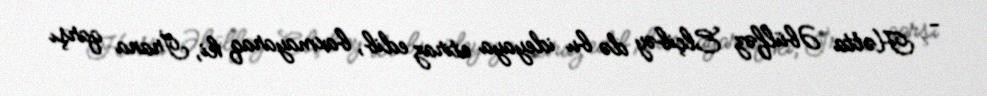
- Hətta Əbülfəz Elçibəy də bu ideyaya etiraz edib, baxmayaraq ki, İrana qarşı